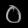
Digit: ၀